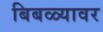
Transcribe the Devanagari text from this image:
बिबळ्यावर